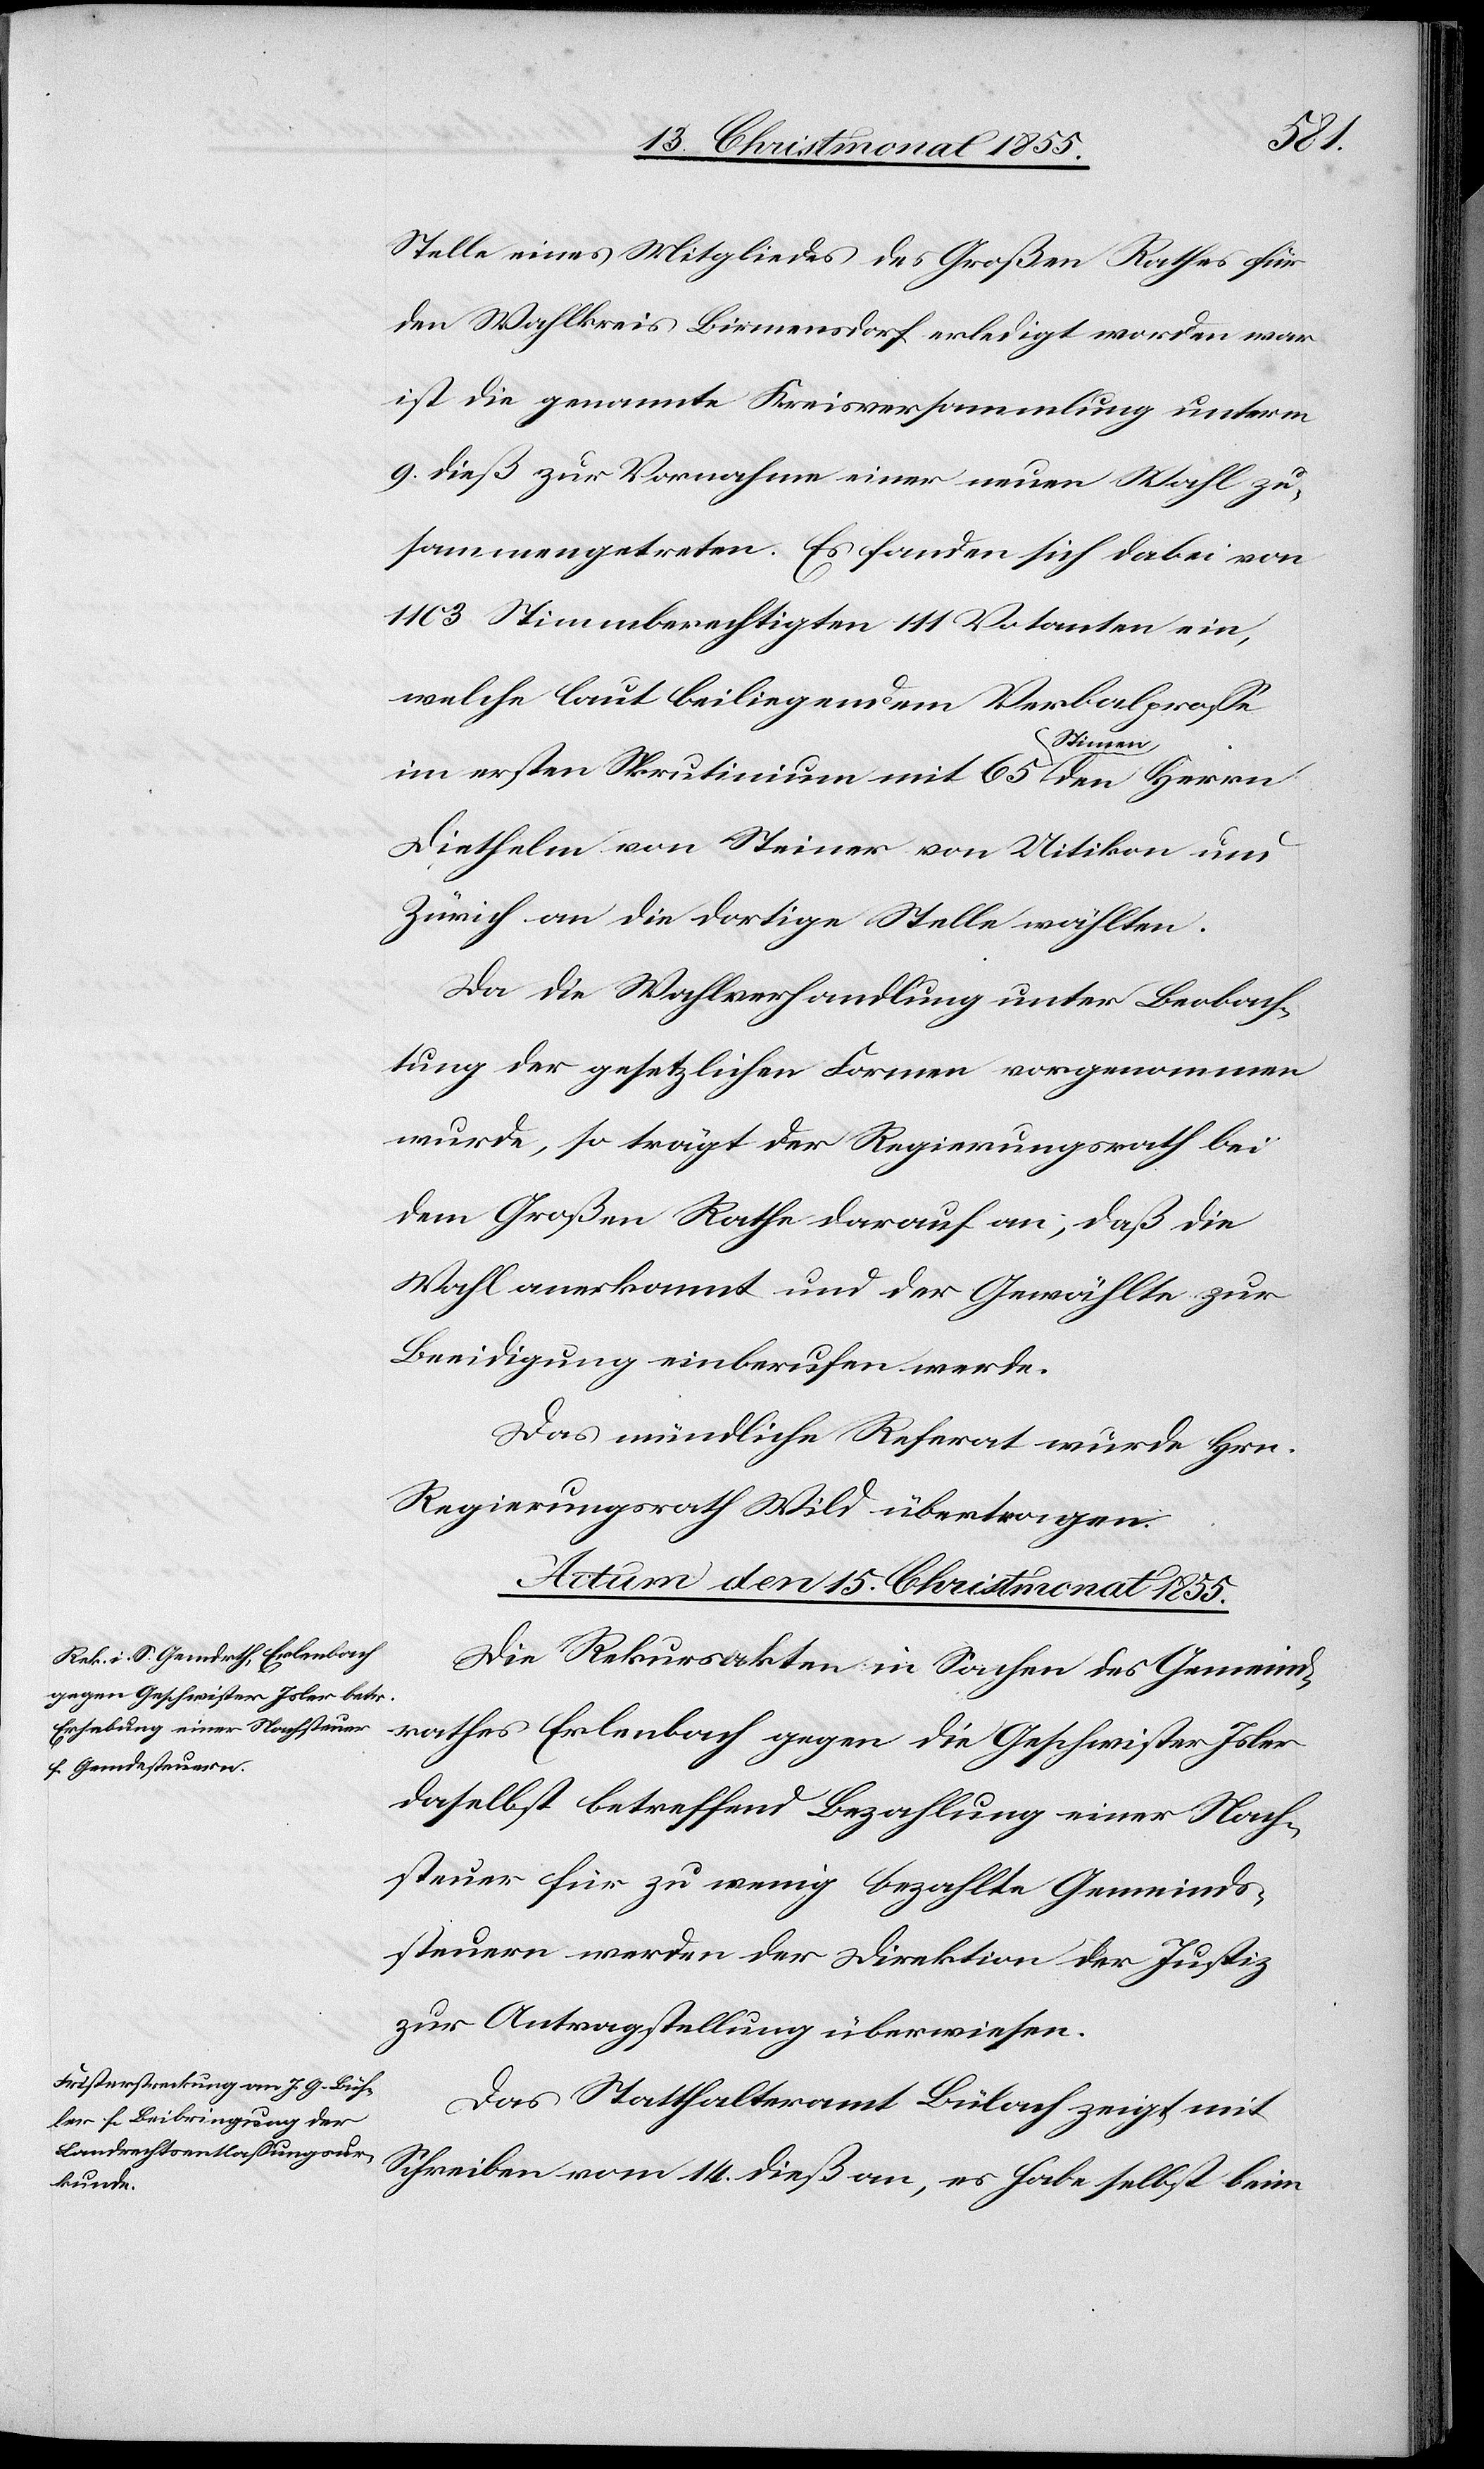
Stelle eines Mitgliedes des Großen Rathes für
den Wahlkreis Birmensdorf erledigt worden war
ist die genannte Kreisversammlung unterm
9. dieß zur Vornahme einer neuen Wahl zu¬
sammengetreten. Es fanden sich dabei von
1103 Stimmberechtigten 111 Votanten ein,
welche laut beiliegendem Verbalpro[ze]sse
im ersten Skrutinium mit 65 Stim[m]en den Herrn
Diethelm von Steiner von Uitikon und
Zürich an die dortige Stelle wählten.
Da die Wahlverhandlung unter Beobach¬
tung der gesetzlichen Formen vorgenommen
wurde, so trägt der Regierungsrath bei
dem Großen Rathe darauf an, daß die
Wahl anerkannt und der Gewählte zur
Beeidigung einberufen werde.
Das mündliche Referat wurde Hrn.
Regierungsrath Wild übertragen.
Actum den 15. Christmonat 1855.]
Die Rekursakten in Sachen des Gemeind¬
rathes Erlenbach gegen die Geschwister Isler
daselbst betreffend Bezahlung einer Nach¬
steuer für zu wenig bezahlte Gemeinds¬
steuern werden der Direktion der Justiz
zur Antragstellung überwiesen.
Das Statthalteramt Bülach zeigt mit
Schreiben vom 14. dieß an, es habe selbst beim